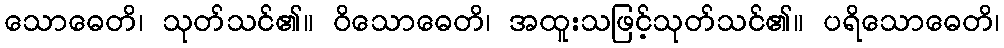
သောဓေတိ၊ သုတ်သင်၏။ ဝိသောဓေတိ၊ အထူးသဖြင့်သုတ်သင်၏။ ပရိသောဓေတိ၊